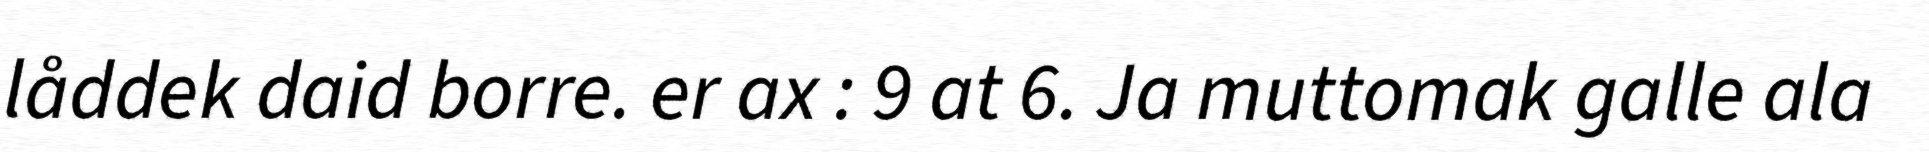
låddek daid borre. er ax : 9 at 6. Ja muttomak galle ala